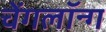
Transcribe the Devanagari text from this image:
चेंगलॉन्ग